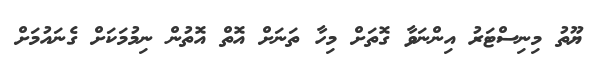
ޔޫތު މިނިސްޓަރު އިންނަވާ ގޮތަށް މިހާ ތަނަށް އޮތް އޮތުން ނިމުމަކަށް ގެނައުމަށް